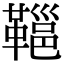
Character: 𩌋